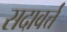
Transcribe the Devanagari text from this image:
सदावर्त्त